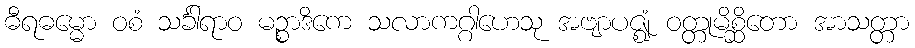
ဓီရဓမ္မော ဝစံ သင်္ခါရာဝ မဉ္စာဒိကေ သလာကဂ္ဂါဟေသု အဗျာပဇ္ဈံ ဝတ္တုမိစ္ဆိတော အာသတ္တာ